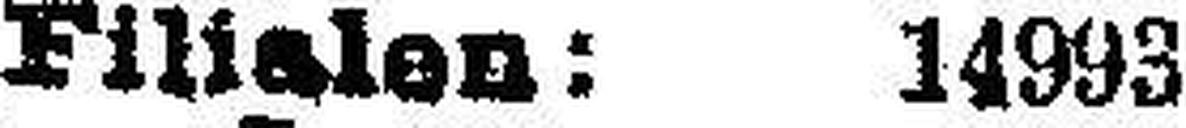
Filialen: 14993